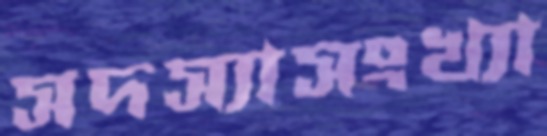
সদস্যাসংখ্যা